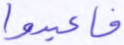
فاعبدوا